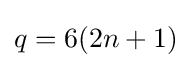
q=6(2n+1)